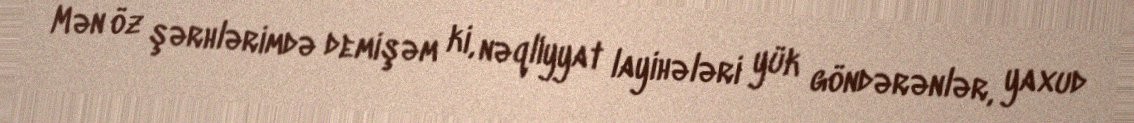
Mən öz şərhlərimdə demişəm ki, nəqliyyat layihələri yük göndərənlər, yaxud